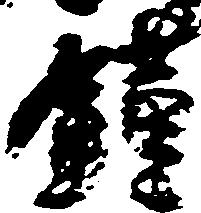
饉